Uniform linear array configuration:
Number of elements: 32
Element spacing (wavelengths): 1
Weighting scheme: hamming
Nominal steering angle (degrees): -60
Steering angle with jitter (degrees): -60.222
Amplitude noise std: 0.05
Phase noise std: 0.05

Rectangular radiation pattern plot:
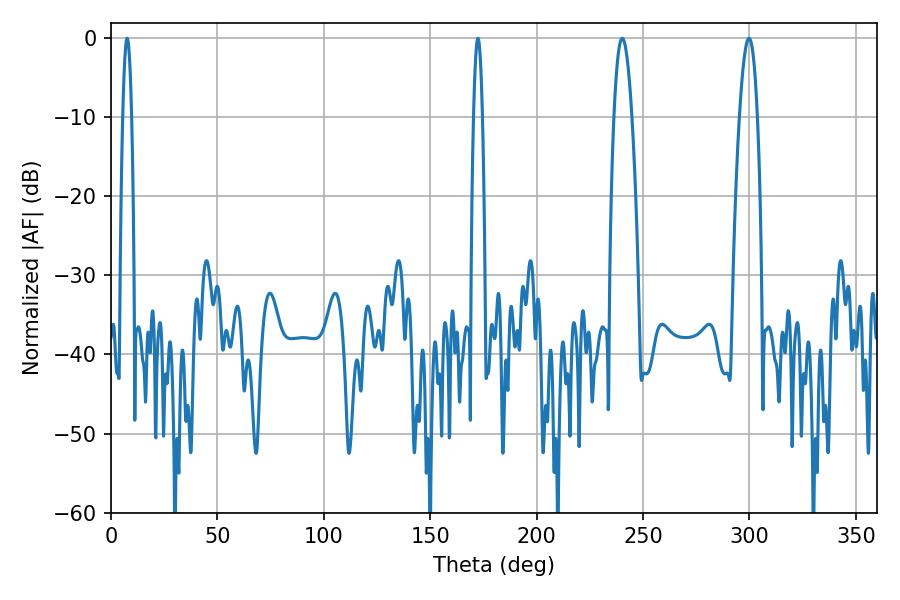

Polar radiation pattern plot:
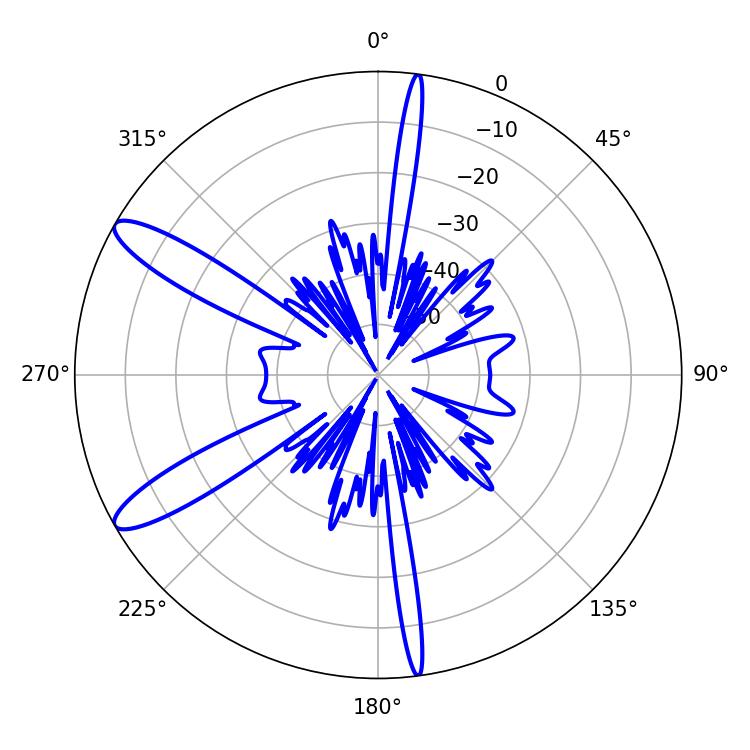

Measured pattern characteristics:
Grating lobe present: TRUE
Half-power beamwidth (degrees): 2.16
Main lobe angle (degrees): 7.56